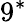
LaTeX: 9^{*}